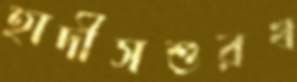
হাদীসশুরখ